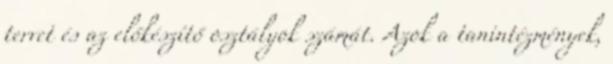
tervet és az előkészítő osztályok számát. Azok a tanintézmények,